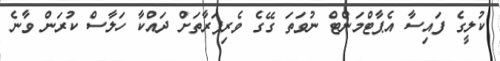
ކުލީގެ ފައިސާ އެޕާޓްމަންޓް ނުވަތަ ގޭގެ ވެރިފަރާތަށް ދައްކާ ހަލާސް ކުރަން ވާނެ